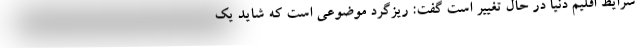
شرایط اقلیم دنیا در حال تغییر است گفت: ریزگرد موضوعی است که شاید یک